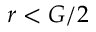
r < G / 2